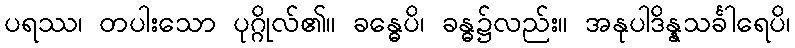
ပရဿ၊ တပါးသော ပုဂ္ဂိုလ်၏။ ခန္ဓေပိ၊ ခန္ဓ၌လည်း။ အနုပါဒိန္နသင်္ခါရေပိ၊